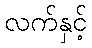
လက်နှင့်